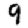
Digit: 9